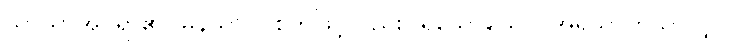
သာယာအပ်ရာ၏။ မနသာပိ၊ စိတ်ဖြင့်လည်း။ ရသောယေဝ၊ အရသာကိုသာလျှင်။